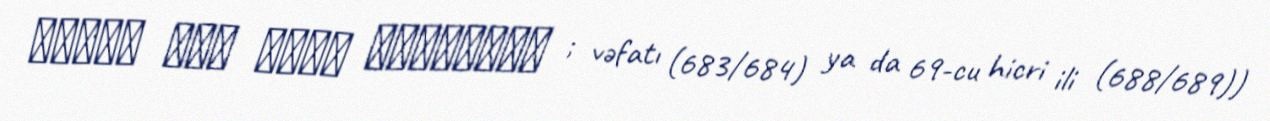
فاطمة بنت حزام الكلابية ; vəfatı (683/684) ya da 69-cu hicri ili (688/689))